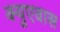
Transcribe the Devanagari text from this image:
क्युएवास